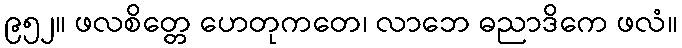
၉၅၂။ ဖလစိတ္တေ ဟေတုကတေ၊ လာဘေ ဓညာဒိကေ ဖလံ။